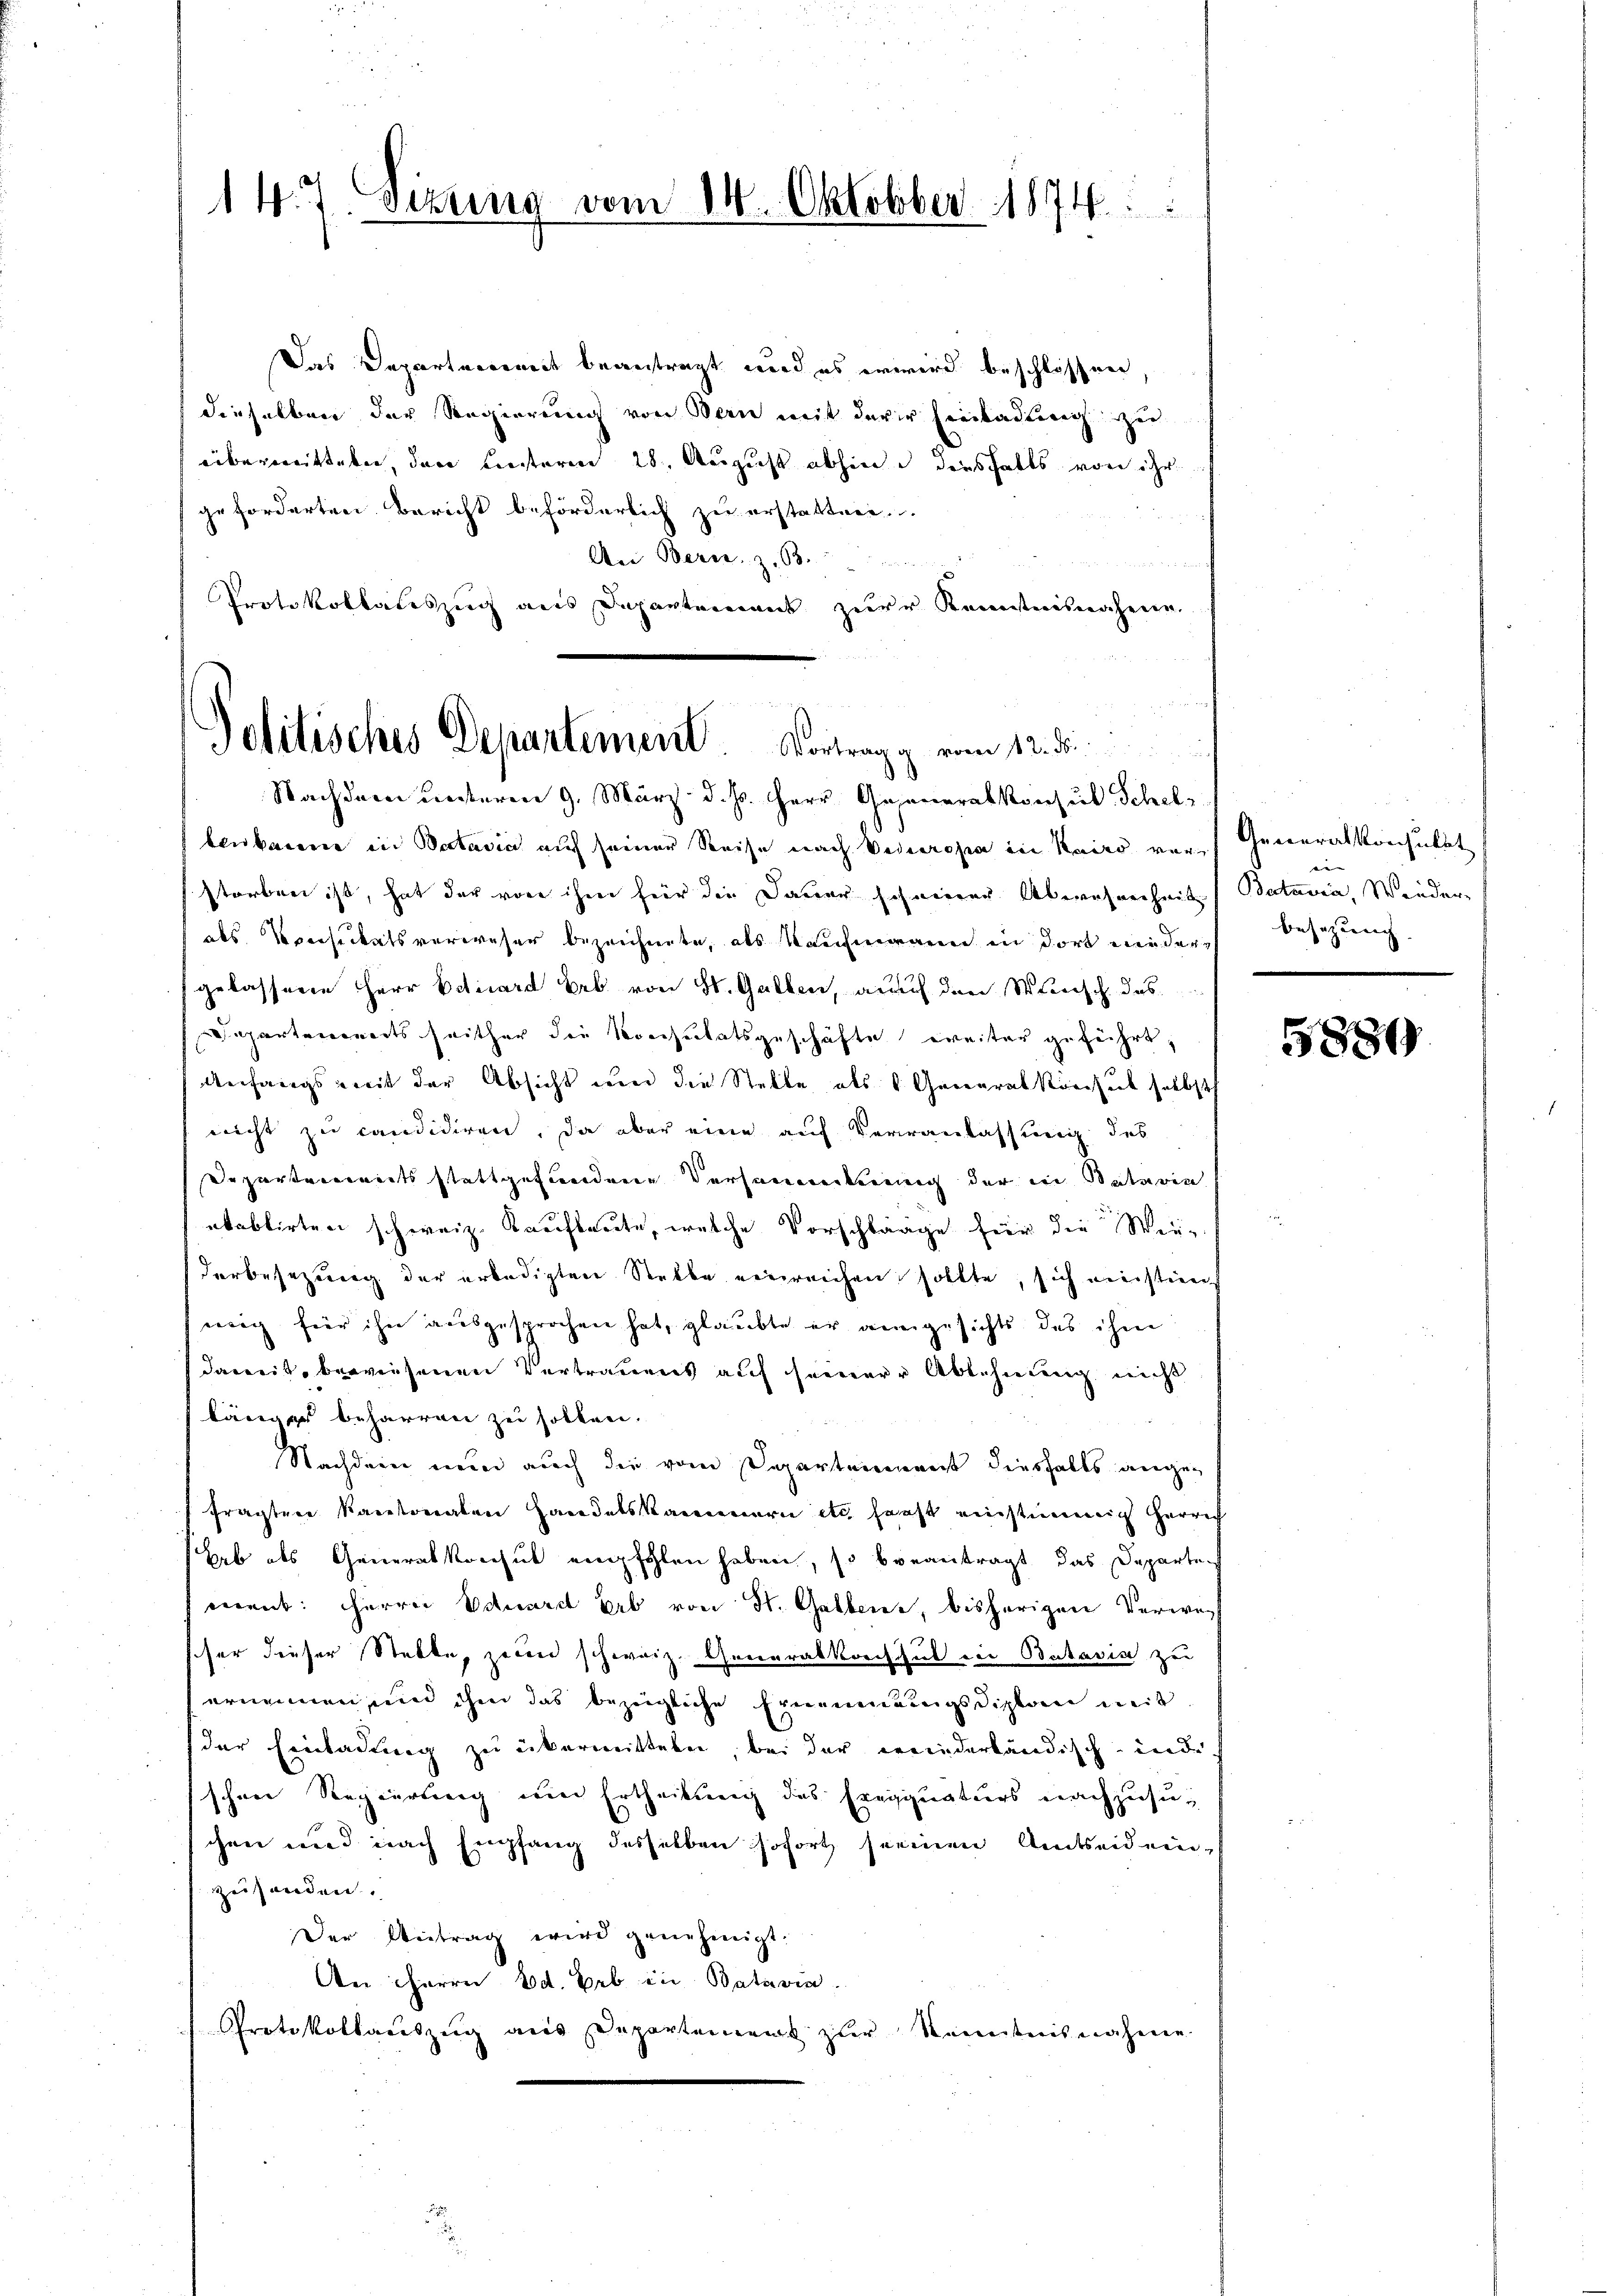
14. 7. Wetting vom 14. Oktobber 1874.

Das Departement beantragt und es erwird beschlossen,
dieselben der Regierung von Bern mit derer Einladung zu
übermitteln, den unterm 28. August abhin diesfalls von ihr
geforderten Bericht beförderlich zu erstattene
An Bern, z. 93.
s
Protokollauszug aus Departement zur Kenntnisnahme.

Politisches Departement. Vortrag g vom 12. ds.
Nachdem unteren 9. März d. Js. Herr Geseneralkonsul Schele

benbaren in Batavia auf seiner Reise nach Veteropa in Kairo verstorben ist, hat der vor ihm für die Dauer scheiner Abwesenheit
abs Kreisickatsverweser bezeichnete, als Kaufmann in dort nieder Besizung
gelassene Herr Eduard Erb von St. Gallen, auf den Wunsch das
Departements seither die Konsulatsgeschäfte weiter geführt,
Anfangs mit der Absicht und die Stelle als 6 Generalkonsul selbsth
nicht zu candidiren, da aber eine auf Veranlassung des
Departements stattgefundene Versammerung der in Paterin
etablirten schweiz. Kaufleute, welche Vorschläge für die Wie-
derbesezung der erledigten Stelle einreichen sollte, sich meistien-
wig für ihn ausgesprochen hat, glaubte er angesichts das ihm
damit, bewiesenen Vertrauens auf seiner Ablehnung nicht
länger beharren zu sollen.
Nachdem nun auch die vom Departenmant diesfalls angefragten Kantonalen Handelskammern etc. sonst einstimmig herrich
hab des Generalkonsul empfohlen haben, so beantragt, das Departen
ment: Herrn Eduard Erb von St. Gallenz, bisherigen Verwach
scher dieser Stelle, zuden schweiz. Generalkonsul in Batavis zu
ernnnnen, und ihm das bezeigliche Ernennungsdiplan mit
der Einladung zu übermitteln, bei der erwiederländisch-inde
schen Regierung und Ertheilung des Eregquaturs nachzusuchen und nach Empfang desselben sofort seinen Amtseiden
zusonden.
Der Antrag wird genehmigt.
An Herrn Ed. Beb in Batavia.
Protokollauszug aus Departement zur Kenntnisnahme

Generalkonsulat
n- |
Batavia, Winder-

5889